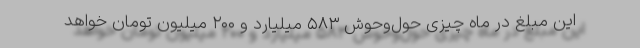
این مبلغ در ماه چیزی حول‌وحوش ۵۸۳ میلیارد و ۲۰۰ میلیون تومان خواهد